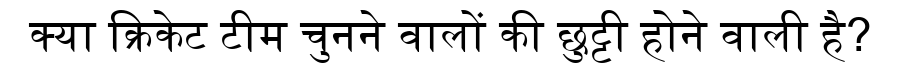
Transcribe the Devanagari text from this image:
क्या क्रिकेट टीम चुनने वालों की छुट्टी होने वाली है?